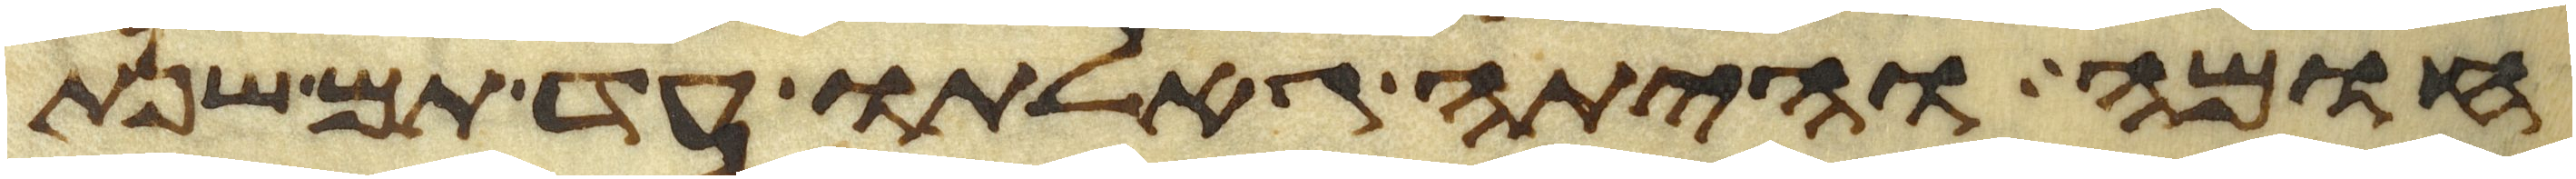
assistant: חומה והיתה גאלתו עד תם שנת